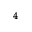
^ { 4 }